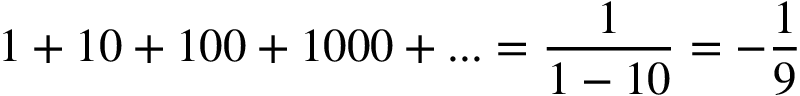
1 + 1 0 + 1 0 0 + 1 0 0 0 + . . . = { \frac { 1 } { 1 - 1 0 } } = - { \frac { 1 } { 9 } }